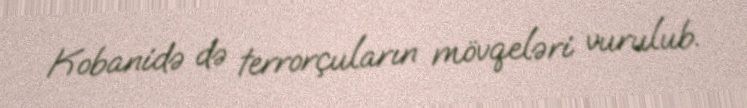
Kobanidə də terrorçuların mövqeləri vurulub.